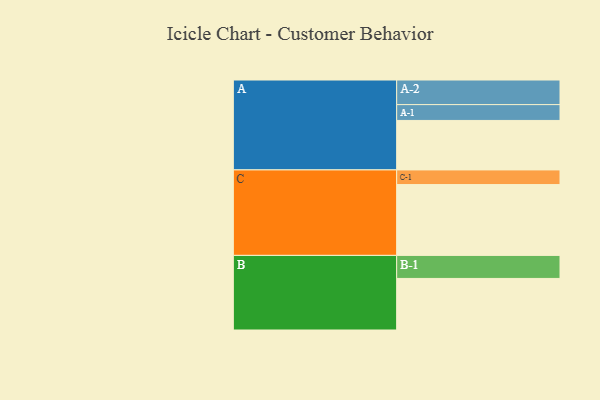
{"axis": {"x": "Segment", "y": "Value"}, "legend": ["", "A", "B", "C"], "data": [{"x": "A", "y": 378, "type": ""}, {"x": "B", "y": 394, "type": ""}, {"x": "C", "y": 541, "type": ""}, {"x": "A-1", "y": 121, "type": "A"}, {"x": "A-2", "y": 188, "type": "A"}, {"x": "B-1", "y": 176, "type": "B"}, {"x": "C-1", "y": 112, "type": "C"}]}